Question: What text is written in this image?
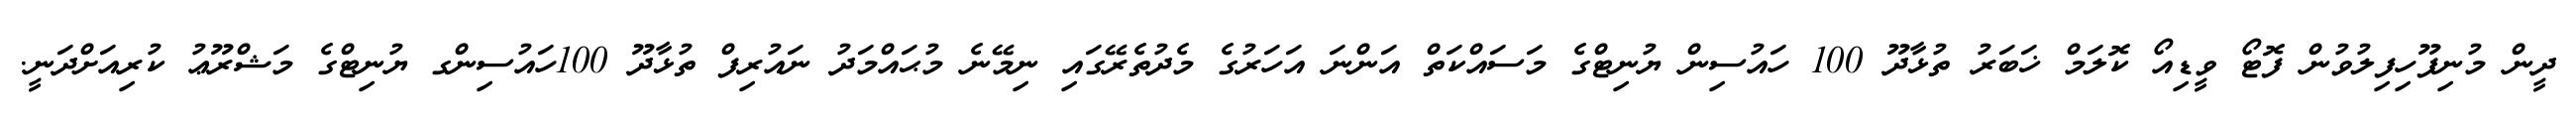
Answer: ދީން މުނިފޫހިފިލުވުން ފޮޓޯ ވީޑިއޯ ކޮލަމް ޚަބަރު ތުޅާދޫ 100 ހައުސިން ޔުނިޓްގެ މަސައްކަތް އަންނަ އަހަރުގެ މެދުތެރޭގައި ނިމޭނެ މުޙައްމަދު ނައުރިފް ތުޅާދޫ 100ހައުސިންގ ޔުނިޓްގެ މަޝްރޫޢު ކުރިއަށްދަނީ.